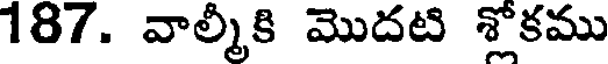
187. వాల్మీకి మొదటి శ్లోకము